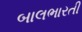
બાલભારતી